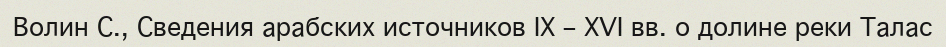
Волин С., Сведения арабских источников ІX – XVІ вв. о долине реки Талас